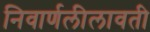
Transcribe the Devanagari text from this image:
निवार्णलीलावती